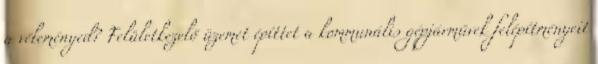
a véleményed? Felületkezelő üzemet építtet a kommunális gépjárművek felépítményeit